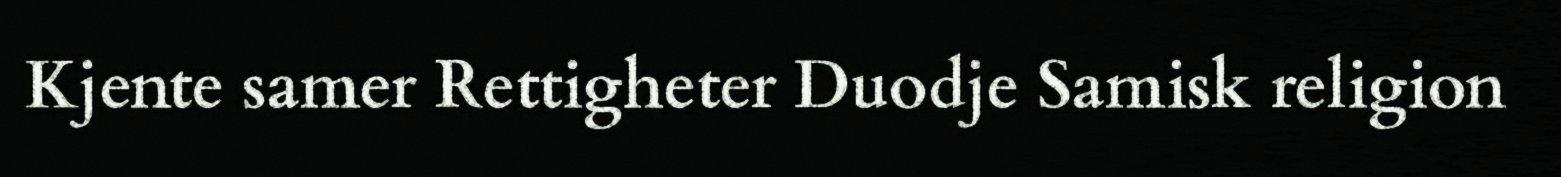
Kjente samer Rettigheter Duodje Samisk religion